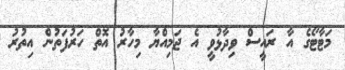
މަޓާޓޯގެ އާ ރައީސް ވިދާޅުވީ އެ ޖަމިއްޔާ މިހާރު އޮތް ހަރުފަތުން އިތުރު